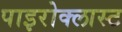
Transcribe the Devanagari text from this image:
पाइरोक्लास्ट